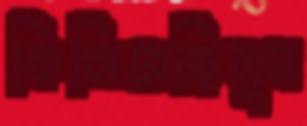
কিলিয়েছিলুম